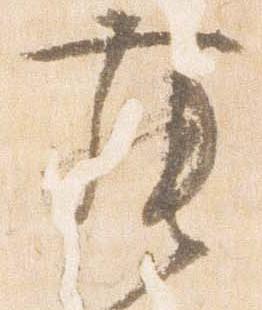
舞